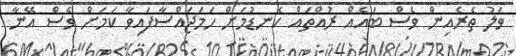
ވަލު ތެރެއިން ވެސް ބައެއް ރުއްތައް ކެނޑުމަށް ހަމަޖައްސާފައިވާ ކަމަށް ވެސް އޭނާ